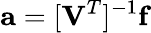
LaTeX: \mathbf{a}=[\mathbf{V}^{T}]^{-1}\mathbf{f}